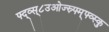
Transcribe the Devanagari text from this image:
फ्द्व्स्८उओज्स्र्फ्म्फ्व्स्कु